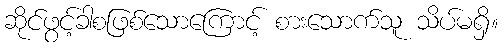
ဆိုင်ဖွင့်ခါစဖြစ်သောကြောင့် စားသောက်သူ သိပ်မရှိ။